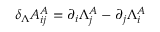
\delta _ { \Lambda } A _ { i j } ^ { A } = \partial _ { i } \Lambda _ { j } ^ { A } - \partial _ { j } \Lambda _ { i } ^ { A }